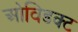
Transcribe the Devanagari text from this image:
ओविडक्ट